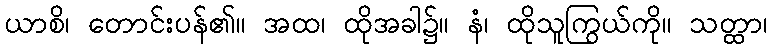
ယာစိ၊ တောင်းပန်၏။ အထ၊ ထိုအခါ၌။ နံ၊ ထိုသူကြွယ်ကို။ သတ္ထာ၊